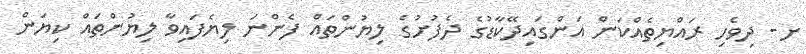
ށ- ދިވެހި ރައްޔިތެއްކަން އަންގައިދޭކާޑުގެ ދެފުށުގެ ލިޔުންތައް ފެންނަ ލިޔެފައިވާ ލިޔުންތައް ކިޔަން